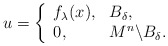
\begin{align*} u=\left\{\begin{array}{ll} f_\lambda(x), & B_{\delta},\\ 0, & M^n\backslash B_{\delta}. \end{array}\right.\end{align*}